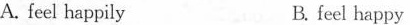
A. feel happily B.feel happy